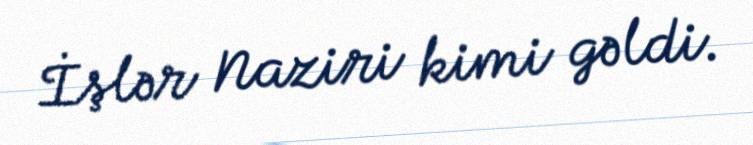
İşlər Naziri kimi gəldi.